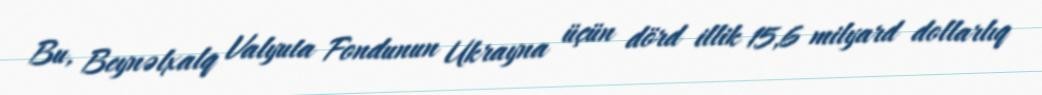
Bu, Beynəlxalq Valyuta Fondunun Ukrayna üçün dörd illik 15,6 milyard dollarlıq